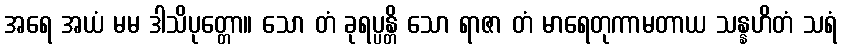
အရေ အယံ မမ ဒါသိပုတ္တော။ သော တံ ခုရပ္ပန္တိ သော ရာဇာ တံ မာရေတုကာမတာယ သန္နဟိတံ သရံ